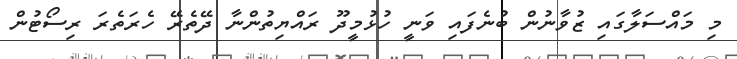
މި މައްސަލާގައި ޒުވާނުން ބުނެފައި ވަނީ ހުޅުމީދޫ ރައްޔިތުންނާ ދޭތެރޭ ހެރަތެރަ ރިސޯޓުން